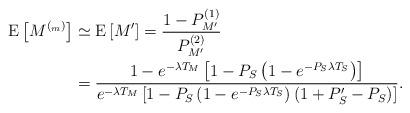
LaTeX: \begin{align*}\textrm{E}\left[ M^{(_m)}\right] &\simeq \textrm{E}\left[ M' \right] = \frac{1-P_{M'}^{(1)}}{P_{M'}^{(2)}}\\&=\frac{1-e^{-\lambda T_{M}}\left[1-P_S\left(1-e^{-P_S\lambda T_S}\right)\right]}{e^{-\lambda T_{M}}\left[1-P_S\left(1-e^{-P_S\lambda T_S}\right)\left(1+P_S'-P_S\right) \right]}.\end{align*}